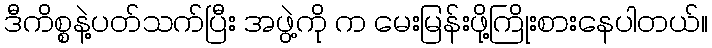
ဒီကိစ္စနဲ့ပတ်သက်ပြီး အဖွဲ့ကို က မေးမြန်းဖို့ကြိုးစားနေပါတယ်။